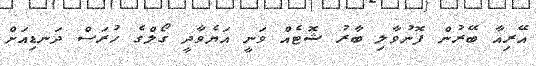
އޭރިއާ ބޭރުން ފޮނުވާލި ބާރު ޝޮޓެއް ވަނީ އަޔެވާދީ ގޯލްގެ ހުރަސް ދަނޑިއަށް